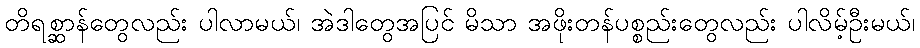
တိရစ္ဆာန်တွေလည်း ပါလာမယ်၊ အဲဒါတွေအပြင် မိသာ အဖိုးတန်ပစ္စည်းတွေလည်း ပါလိမ့်ဦးမယ်၊